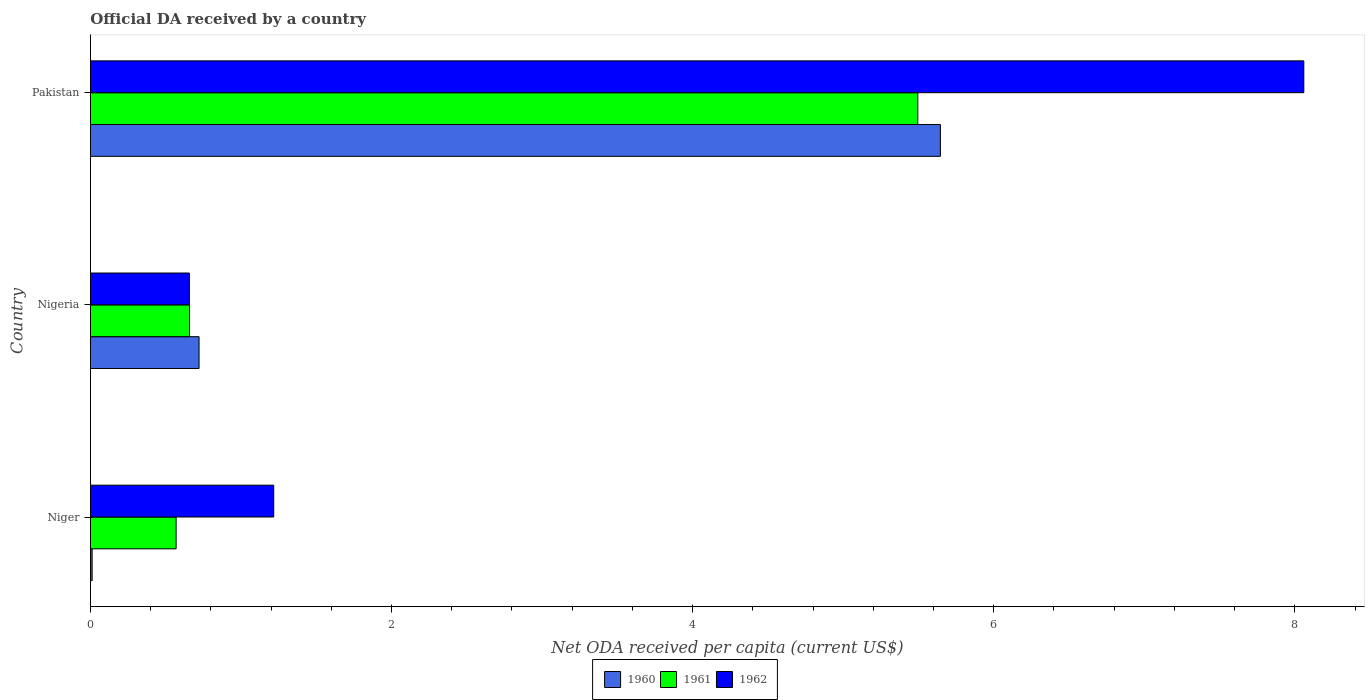
| Country | 1960 | 1961 | 1962 |
 | --- | --- | --- | --- |
 | Niger | 0.0118 | 0.57 | 1.22 |
 | Nigeria | 0.722 | 0.659 | 0.658 |
 | Pakistan | 5.65 | 5.5 | 8.06 |